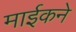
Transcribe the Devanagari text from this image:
माईकने